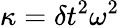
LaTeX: \kappa=\delta t^{2}\omega^{2}